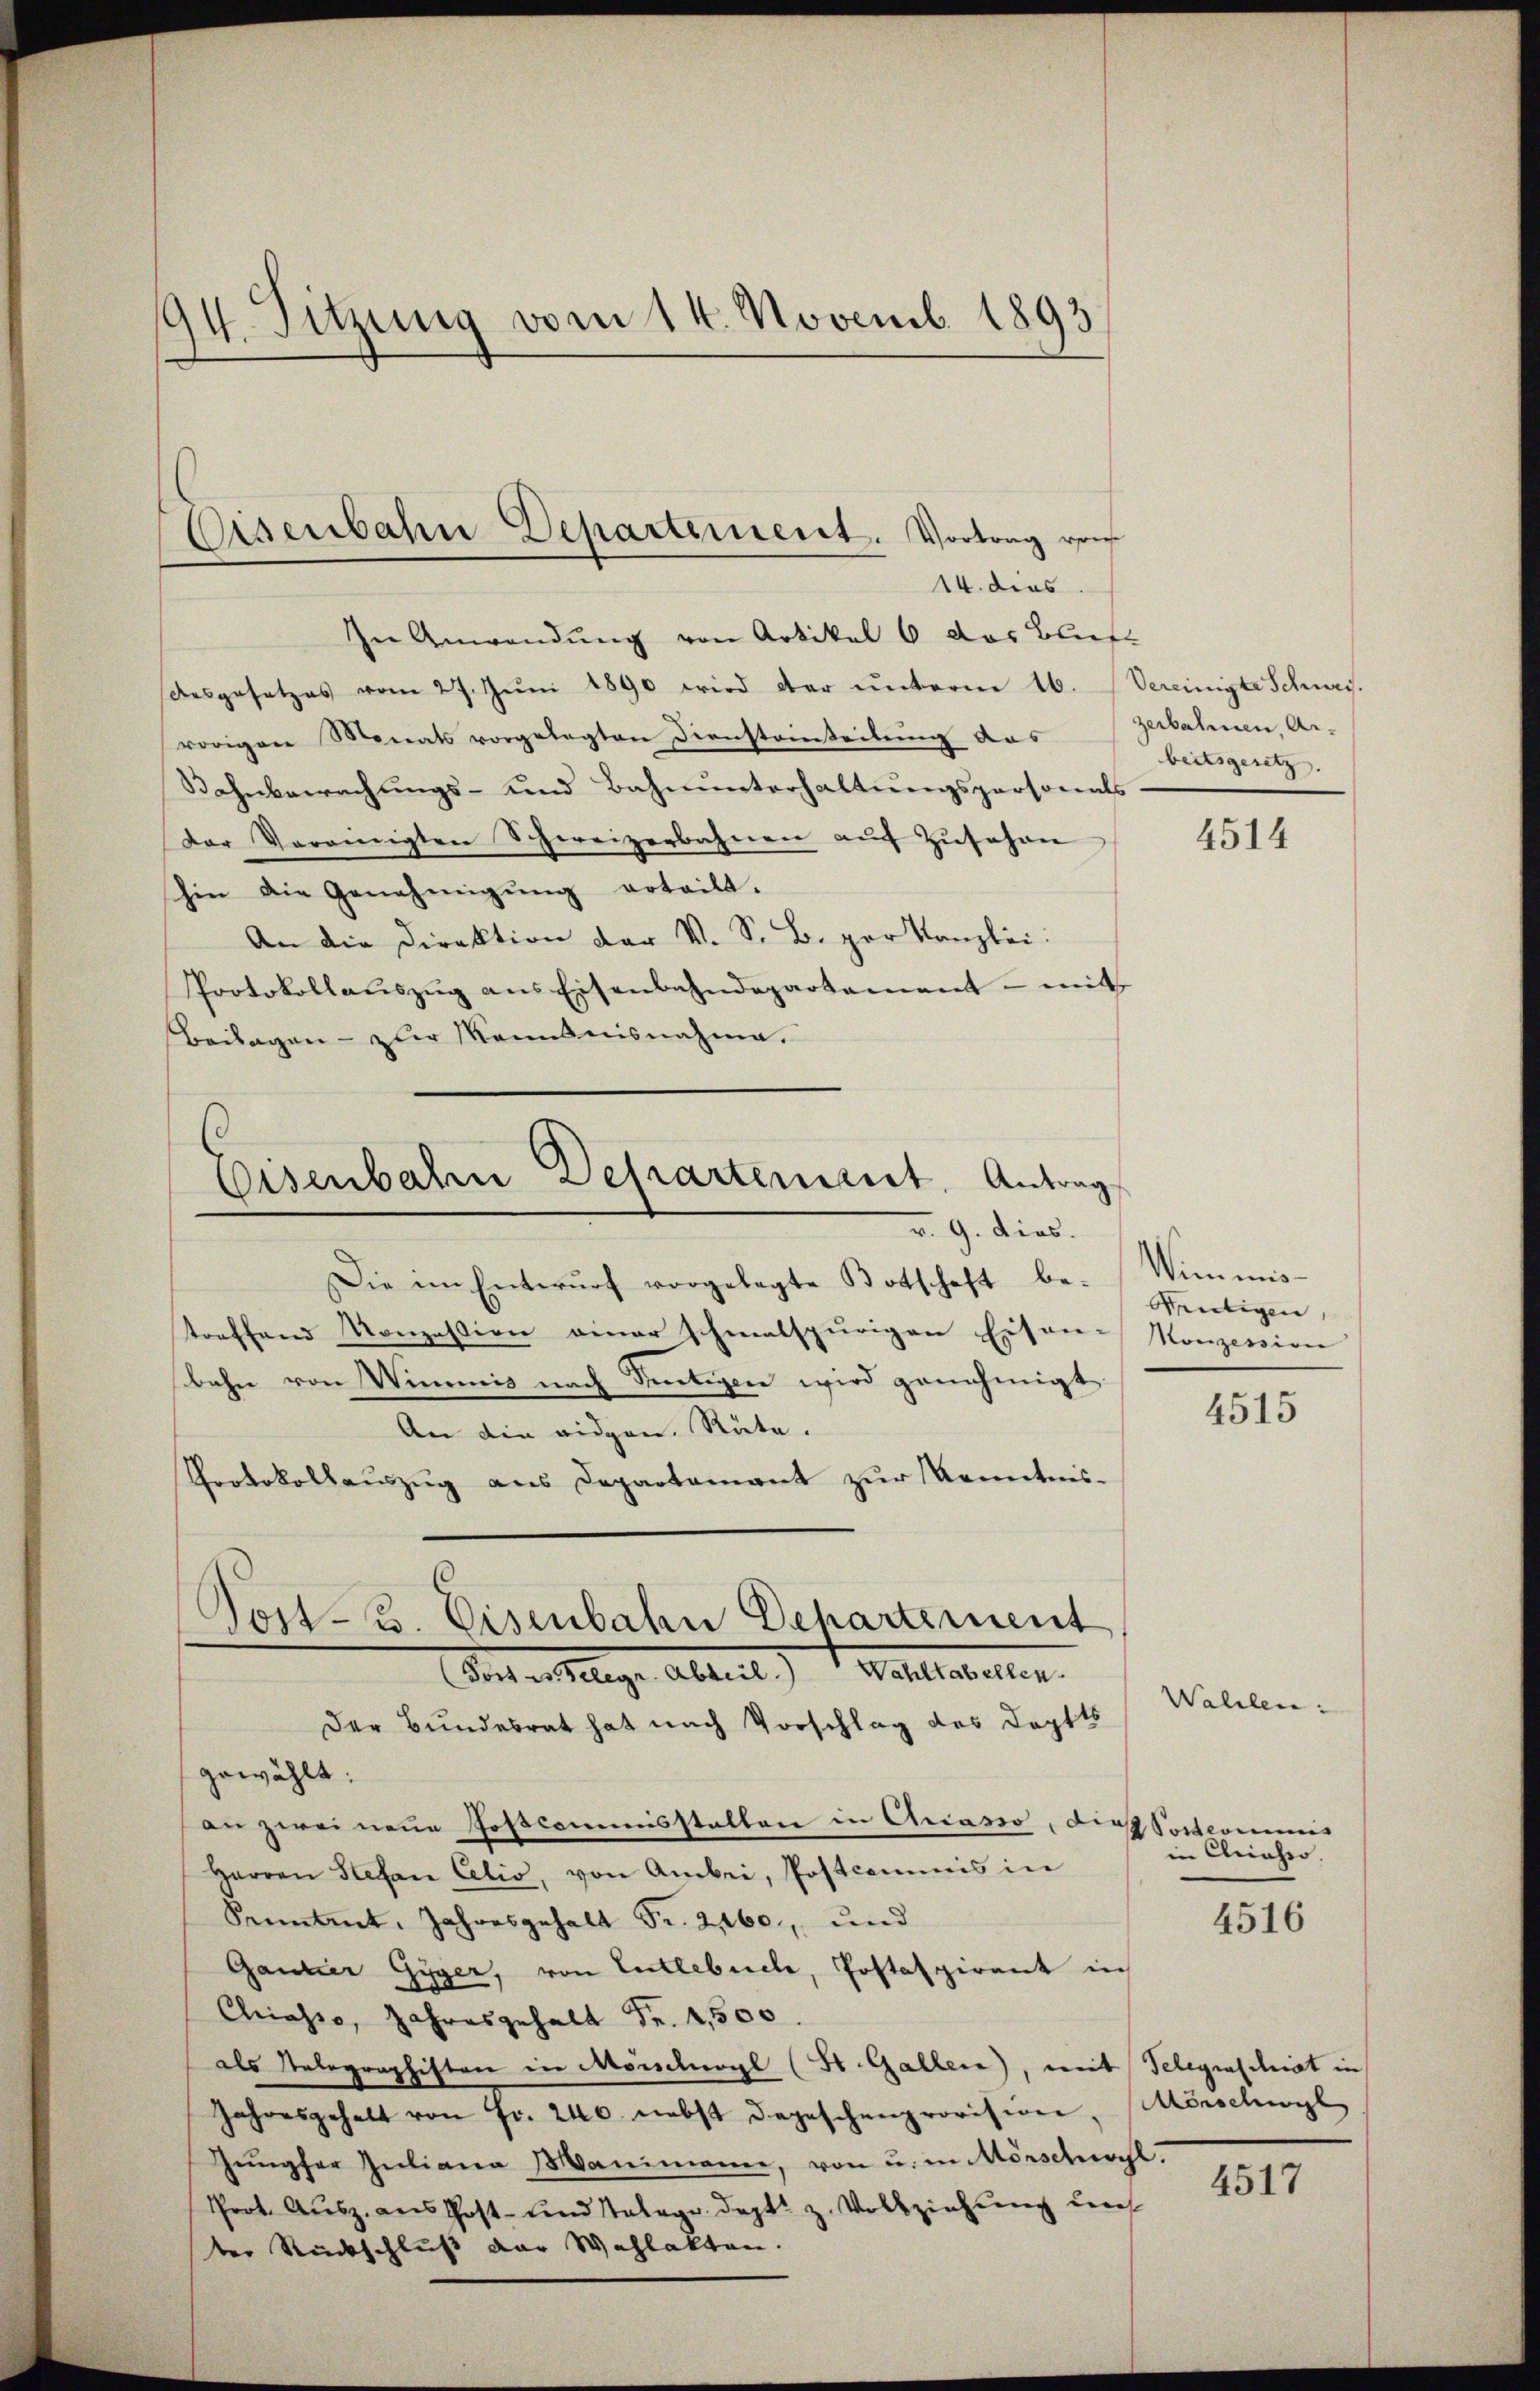
194. Sitzung vom 14. Novemb. 1893

Eisenbahn Departement. Vortrag von
14. dies

In Anwendung von Artikel 6 das Bliefe
desgesetzes vom 27. Jŭni 1890 wird der unterm 16. Vereinigte Schweisvorigen Monats vorgelegten Diensteinteilŭng das zerbahnen, Ar-
Wahnbewachungs- und Bahnunterhaltungspersonals
der Vereinigten Schweizerbahnen aŭf Zŭsehen
hin die Genehmigŭng erteilt.
An die Direktion der V. S. B. per Kanzlei:
Protokollaŭszŭg ans Eisenbahndepartement - mit
Beilagen - zur Kenntnisnahme.

d.
Eisenbahn Departeniret. Antrag
v. 9. dies.

Post- u. Eisenbahn Departement
Vaterselige Abteil) Wallierten.
Der Bundesrat hat nach Vorschlag des Doptts

Die im Entwŭrf vorgelegte Botschaft be-
treffend Konzession einer schmalspurigen Eisen-
bahn von Wimnis nach Sentigen wird genehmigt.
An die eidgen. Räte.
Pooerkollauszug aus Departamant zur Kenntnisgewählt:
an zwei neue Poscommisstatten in Chrasio, die Sortions
Harren Stefan Celis, von Anbei, Postcommis in
Seitet, Jahresgehalt Fr. 2460, und
Gantier Gyger, von Entlebuche, Postaspirant in
Chiasso, Jahresgehalt Fr. 4,500
als Nelegraphisten in Morelwyl (St. Galler), mit Telegraschiat in
Jahresgehalt von Fr. 240. nebst Depeschenprovision, Mörschwyl
Jŭngfer Juliana Manimann, von u. in Mörschahl.
Prot. Ausz. aus Post- und Telegr. Sept. z. Vollziehung uns
ter Rückschluß der Wahlakten.

beitsgesetz.

4514

Wimmis¬
Reutigen,
Monzession

4515

Wallen.
in Kleinheo.

4516

4517